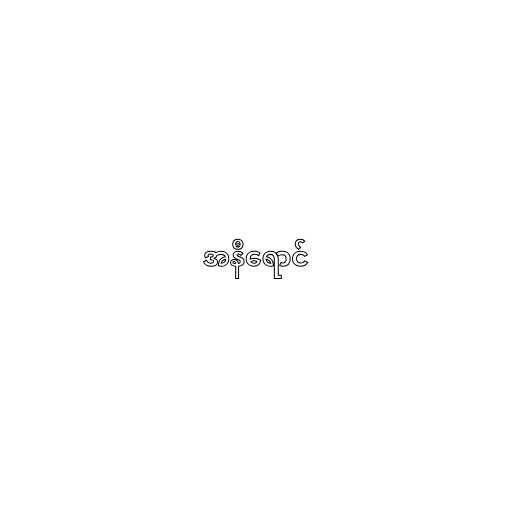
အနီရောင်